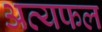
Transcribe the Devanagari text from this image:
अत्यफल